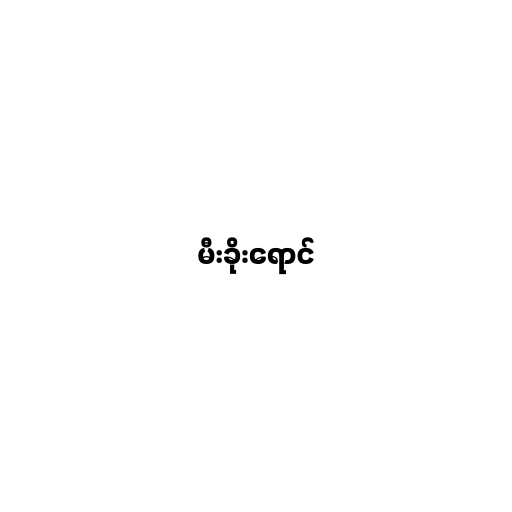
မီးခိုးရောင်